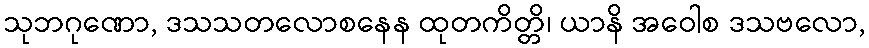
သုဘဂုဏော, ဒသသတလောစနေန ထုတကိတ္တိ၊ ယာနိ အဝေါစ ဒသဗလော,